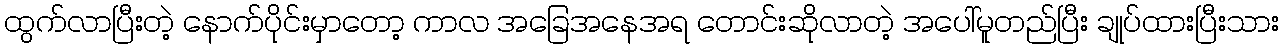
ထွက်လာပြီးတဲ့ နောက်ပိုင်းမှာတော့ ကာလ အခြေအနေအရ တောင်းဆိုလာတဲ့ အပေါ်မူတည်ပြီး ချုပ်ထားပြီးသား